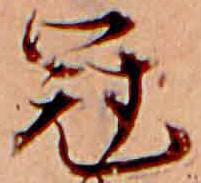
冠